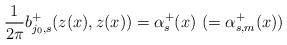
LaTeX: \begin{align*}\frac{1}{2\pi}b^+_{j_0, s}(z(x), z(x))=\alpha^+_s(x)\,\,(=\alpha^+_{s, m}(x))\end{align*}